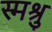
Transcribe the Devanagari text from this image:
स्मश्रु